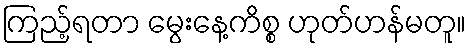
ကြည့်ရတာ မွေးနေ့ကိစ္စ ဟုတ်ဟန်မတူ။